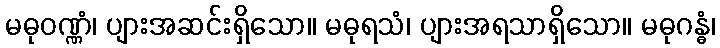
မဓုဝဏ္ဏံ၊ ပျားအဆင်းရှိသော။ မဓုရသံ၊ ပျားအရသာရှိသော။ မဓုဂန္ဓံ၊